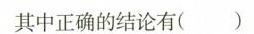
其中正确的结论有( )